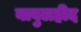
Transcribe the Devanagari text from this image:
बाबुलहीद